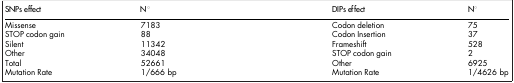
<table><thead><tr><td><b>SNPs effect</b></td><td><b>N°</b></td><td><b>DIPs effect</b></td><td><b>N°</b></td></tr></thead><tbody><tr><td>Missense</td><td>7183</td><td>Codon deletion</td><td>75</td></tr><tr><td>STOP codon gain</td><td>88</td><td>Codon Insertion</td><td>37</td></tr><tr><td>Silent</td><td>11342</td><td>Frameshift</td><td>528</td></tr><tr><td>Other</td><td>34048</td><td>STOP codon gain</td><td>2</td></tr><tr><td>Total</td><td>52661</td><td>Other</td><td>6925</td></tr><tr><td>Mutation Rate</td><td>1/666 bp</td><td>Mutation Rate</td><td>1/4626 bp</td></tr></tbody></table>